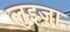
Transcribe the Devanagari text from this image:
लुइज़ा